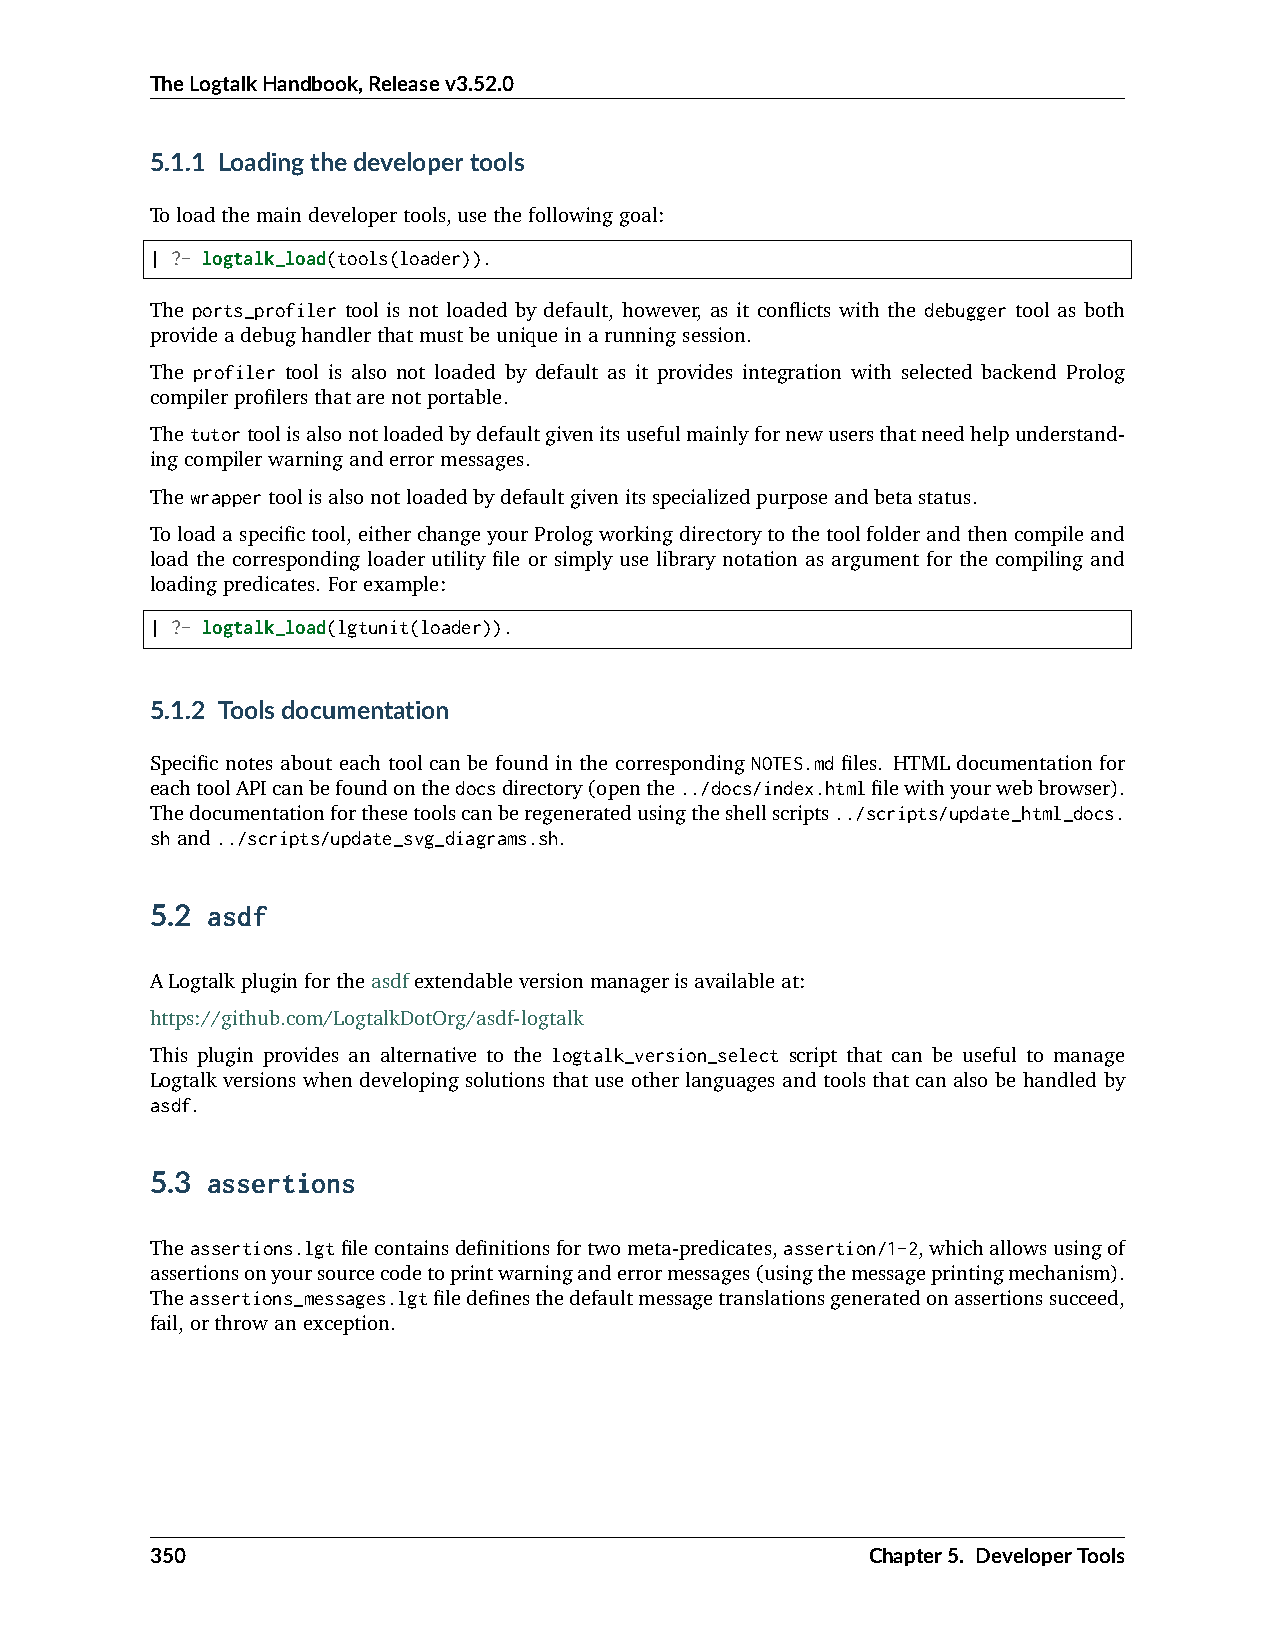
TheLogtalkHandbook,Releasev3.52.0
 5.1.1 Loadingthedevelopertools
 Toloadthemaindevelopertools,usethefollowinggoal:
 | ?- logtalk_load(tools(loader)).
 The ports_profiler tool is not loaded by default, however, as it conflicts with the debugger tool as both
 provideadebughandlerthatmustbeuniqueinarunningsession.
 The profiler tool is also not loaded by default as it provides integration with selected backend Prolog
 compilerprofilersthatarenotportable.
 Thetutortoolisalsonotloadedbydefaultgivenitsusefulmainlyfornewusersthatneedhelpunderstand-
 ingcompilerwarninganderrormessages.
 Thewrappertoolisalsonotloadedbydefaultgivenitsspecializedpurposeandbetastatus.
 Toloadaspecifictool,eitherchangeyourPrologworkingdirectorytothetoolfolderandthencompileand
 load the corresponding loader utility file or simply use library notation as argument for the compiling and
 loadingpredicates. Forexample:
 | ?- logtalk_load(lgtunit(loader)).
 5.1.2 Toolsdocumentation
 Specific notes about each tool can be found in the corresponding NOTES.md files. HTML documentation for
 eachtoolAPIcanbefoundonthedocsdirectory(openthe../docs/index.htmlfilewithyourwebbrowser).
 Thedocumentationforthesetoolscanberegeneratedusingtheshellscripts../scripts/update_html_docs.
 shand../scripts/update_svg_diagrams.sh.
 5.2 asdf
 ALogtalkpluginfortheasdfextendableversionmanagerisavailableat:
 https://github.com/LogtalkDotOrg/asdf-logtalk
 This plugin provides an alternative to the logtalk_version_select script that can be useful to manage
 Logtalk versions when developing solutions that use other languages and tools that can also be handled by
 asdf.
 5.3 assertions
 Theassertions.lgtfilecontainsdefinitionsfortwometa-predicates,assertion/1-2,whichallowsusingof
 assertionsonyoursourcecodetoprintwarninganderrormessages(usingthemessageprintingmechanism).
 Theassertions_messages.lgtfiledefinesthedefaultmessagetranslationsgeneratedonassertionssucceed,
 fail,orthrowanexception.
 350                                             Chapter5. DeveloperTools